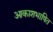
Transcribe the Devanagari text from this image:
आकाशभाषित